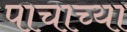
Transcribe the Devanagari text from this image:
पाचाच्या